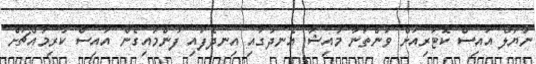
ނާޔަލް އައިސް ކޮޓަރިއަށް ވަންތަނާ މާއިޝާ އެނދުގައި އިނދެފައި ފުންމައިގެން އައިސް ކުރިމައްޗަށް